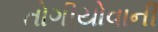
તોગીયોવાની